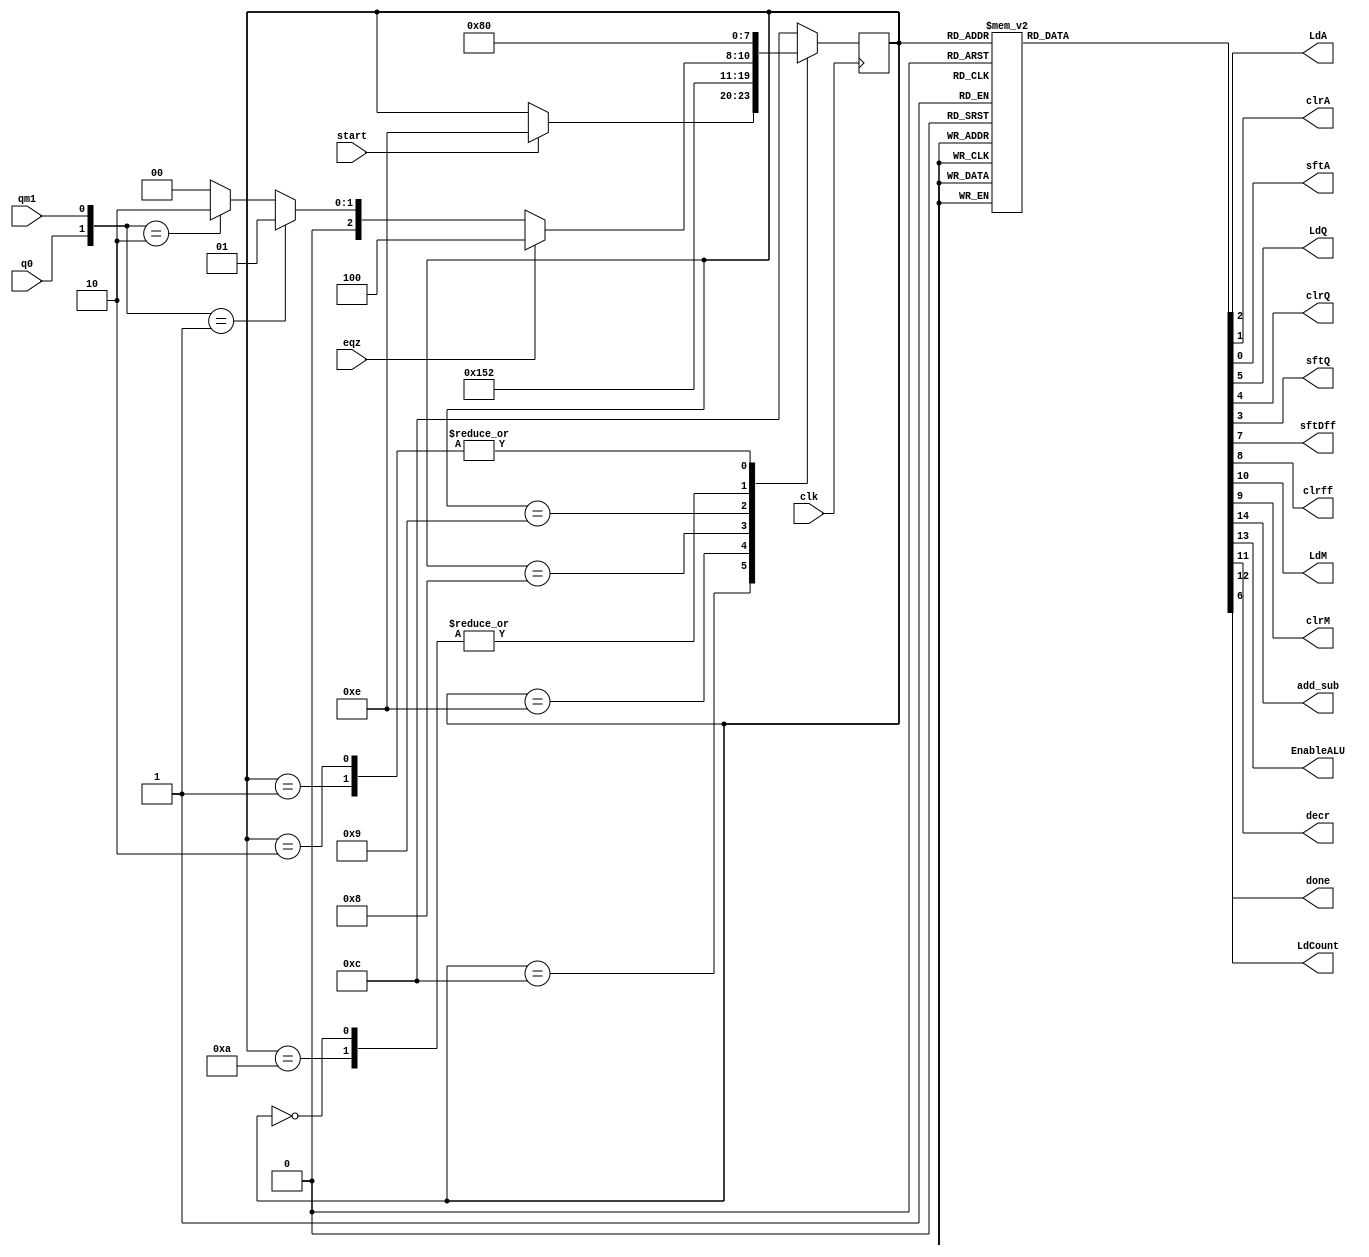
`timescale 1ns / 1ps
//////////////////////////////////////////////////////////////////////////////////
// Company: open-source
// 
// Design Name: 
// Module Name: controller_BOOTH
// Project Name: Systolic array
// Target Devices: SPARTAN-3
// Tool Versions: 2020.2
// Description: fsm based controller for BOOTH multiplier.
// 
// Dependencies: 
// 
// Revision:
// Revision 0.01 - File Created
// Additional Comments:
// 
//////////////////////////////////////////////////////////////////////////////////


module controller_BOOTH(
    
    //partial product shift reg control signals
    output reg LdA,
    output reg clrA,
    output reg sftA,

    //multiplier control signals
    output reg LdQ,
    output reg clrQ,
    output reg sftQ,

    //dff control signals
    output reg sftDff,
    output reg clrff,

    //multiplicand control signals
    output reg LdM,
    output reg clrM,

    //alu control signals
    output reg add_sub,
    output reg EnableALU,

    //counter control signals
    output reg decr,
    output reg LdCount,

    //status signal to validate
    //completion of data computation
    output reg done,

    input wire clk,
    input wire q0,
    input wire qm1,
    input wire start,
    input wire eqz
    );

    //9 states needing 4-bits.
    reg [3:0] state;
    //-> using the gray code encoding for the state variable
    //-> adjacent states have 1 bit change
    parameter   idle=   4'b1100,     //idle state   : all control signals are low.
                clear=  4'b1110,     //clear state  : all shift registers are cleared.
                load=   4'b1010,     //loadi state  : load values to multiplier, multiplicand and counter.
                dummy=  4'b1000,     //dummy state  : before going to the check state values in the shift registers get loaded in this state.
                check=  4'b1001,     //check state  : based on the values of {Q[0], Q[-1]} next state is predicted.
                shift=  4'b0000,     //shift state  : all shift registers shifts there values and counter decrements.
                add=    4'b0001,     //add state    : if {Q[0], Q[-1]} is 01 then add the multiplicand to partial product.
                sub=    4'b0010,     //sub state    : if {Q[0], Q[-1]} is 10 then subtract multiplicand from partial product.
                done_state=   4'b0100;     //done state   : done signal is made high in this state.
        
    //clock triggers the transiton here.
    //in stages s2 lsb bits determines the next state.
    //state determining always block.
    always @(posedge clk) begin
        case (state)
            //@ initially start from idle state with all control signal set to low.
            //-> if start signal is high then move to clear state.
            idle: if(start) state<= clear;
            //= idle: 1100(12)

            //-> after clear state directly go to load state.
            clear: state<= load;
            //= clear: 1110(14)

            //-> after load state in order to load value to registers and to perform check
            //-> one additional state i.e. dummy state is required.
            load: state<= dummy;
            //= load: 1010(10)
            /*
            begin
                if({q0, qm1}== 2'b01) state= S3;
                else if({q0, qm1}== 2'b10) state= S4;
                else state= S5;
            end
            */
            //-> after dummy state directly go to check state.
            dummy: state<= check;
            //= dummy: 1000(8)

            //-> in check state on the basis of the value {Q[0], Q[-1]} predict next state.
            check: begin
                if(eqz== 1) state<= done_state;
                else if({q0, qm1}== 2'b01) state<= add;
                else if({q0, qm1}== 2'b10) state<= sub;
                else state<= shift;
            end
            //= check: 1001(9)
            
            //-> in shift state simply perform the shifting operation and check for counter equal to 0.
            //-> if counter equal to zero then go to done state else go back to dummy state.
            shift: state<= dummy;
            /*
            begin
                if(eqz== 1) state<= done_state;
                else state<= dummy;
            end
            */
            //= shift: 0000(0)
            
            //-> in add state add the multiplicand to partial product and then go to
            //-> shift state.
            add: state<= shift;
            //= add: 0001(1)

            //-> in sub state subtract the multiplier from partial product and then go to
            //-> shift state.
            sub: state<= shift;
            //= sub= 0010(2)

            //-> in done state simply make the done signal high and go to idle state and
            //-> wait for the next start signal to proceed.
            done_state: state<= idle;
            //= done= 0100(4)

            //-> by defalut stay in idle state.
            default: state<= idle;
        endcase
    end


    //output of the controller based on the stage.
    //output determinig always block.
    always @(state) begin
        case (state)
            idle: begin
                //idle state all control signals are low.
                //partial-product control signals are low. 
                {LdA, clrA, sftA}= 3'b000;

                //multiplier control signals are low.
                {LdQ, clrQ, sftQ}= 3'b000;

                //multiplicand and Dff  control signals are low.
                {LdM, clrM, clrff, sftDff, done}= 5'b0000; 
                //alu and counter control signals are low.
                {add_sub, EnableALU, LdCount, decr}= 4'b0000;
            end

            clear: begin
                //partial-product register is cleared.
                {LdA, clrA, sftA}= 3'b010; 

                //multiplier register is cleared.
                {LdQ, clrQ, sftQ}= 3'b010; 

                //multiplicand and dff register is cleared
                {LdM, clrM, clrff, sftDff, done}= 5'b01_100; 
                {add_sub, EnableALU, LdCount, decr}= 4'b0000;
            end

            load: begin
                {LdA, clrA, sftA}= 3'b000;

                //multiplier shift register loads it's value
                {LdQ, clrQ, sftQ}= 3'b100;
                
                //multiplicand shift register loads it's value
                {LdM, clrM, clrff, sftDff, done}= 5'b10_000;
                //counter loads it's value based on the number 
                //of the digits of multiplier (defautl 7-bits)
                {add_sub, EnableALU, LdCount, decr}= 4'b0010;
            end

            dummy: begin
                //dummy state all control signals are low.
                //partial-product control signals are low. 
                {LdA, clrA, sftA}= 3'b000;

                //multiplier control signals are low.
                {LdQ, clrQ, sftQ}= 3'b000;

                //multiplicand and Dff  control signals are low.
                {LdM, clrM, clrff, sftDff, done}= 5'b0000; 
                //alu and counter control signals are low.
                {add_sub, EnableALU, LdCount, decr}= 4'b0000;
            end
            
            check: begin
                //as this state is only responsible for decision maing so
                //no control signals are acitvated simply state transiton happens here.
                {LdA, clrA, sftA}= 3'b000; 
                {LdQ, clrQ, sftQ}= 3'b000; 
                {LdM, clrM, clrff, sftDff, done}= 5'b00_000; 
                {add_sub, EnableALU, LdCount, decr}= 4'b0000;
            end

            add: begin
                //{Q[0], Q[-1]}== 2'b01;
                //partial-product loads it's value.
                {LdA, clrA, sftA}= 3'b100; 
                {LdQ, clrQ, sftQ}= 3'b000; 
                {LdM, clrM, clrff, sftDff, done}= 5'b00_000;
                //alu performs addition
                {add_sub, EnableALU, LdCount, decr}= 4'b1100;
            end
            
            sub: begin
                //partial-product loads it's value.
                {LdA, clrA, sftA}= 3'b100; 
                {LdQ, clrQ, sftQ}= 3'b000; 
                {LdM, clrM, clrff, sftDff, done}= 5'b00_000;
                //alu performs subtraction.
                {add_sub, EnableALU, LdCount, decr}= 4'b0100;
            end

            shift: begin
                //partial-product shift register shifts it's value.
                {LdA, clrA, sftA}= 3'b001;
                //multiplier shift register shifts it's value.
                {LdQ, clrQ, sftQ}= 3'b001;
                //dff shifts it's value.
                {LdM, clrM, clrff, sftDff, done}= 5'b00_010;
                //counter decrements it's value.
                {add_sub, EnableALU, LdCount, decr}= 4'b0001;
            end

            
            done_state: begin
                //done state control signal.
                {LdA, clrA, sftA}= 3'b000; 
                {LdQ, clrQ, sftQ}= 3'b000; 
                {LdM, clrM, clrff, sftDff, done}= 5'b00_001; 
                {add_sub, EnableALU, LdCount, decr}= 4'b0000;
            end

            default: begin
                //default state with all the control signals are deactivated.
                {LdA, clrA, sftA}= 3'b000; 
                {LdQ, clrQ, sftQ}= 3'b000; 
                {LdM, clrM, clrff, sftDff, done}= 5'b00_000; 
                {add_sub, EnableALU, LdCount, decr}= 4'b0000;
            end
        endcase
    end
endmodule //controller_BOOTH